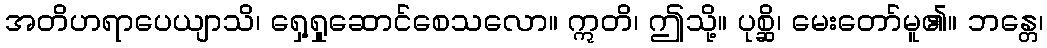
အတိဟရာပေယျာသိ၊ ရှေ့ရှုဆောင်စေသလော။ ဣတိ၊ ဤသို့။ ပုစ္ဆိ၊ မေးတော်မူ၏။ ဘန္တေ၊